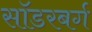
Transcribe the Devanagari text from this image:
सॉडरबर्ग